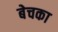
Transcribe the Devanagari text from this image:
बेचका